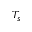
T _ { s }